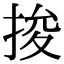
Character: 捘